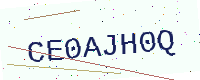
Text: CE0AJH0Q